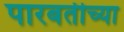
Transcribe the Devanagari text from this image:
पारबतीच्या